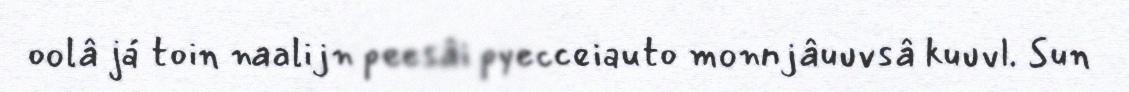
oolâ já toin naalijn peesâi pyecceiauto monnjâuuvsâ kuuvl. Sun